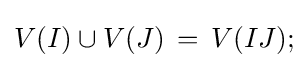
V(I)\cup V(J)\,=\,V(IJ);